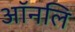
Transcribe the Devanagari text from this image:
ऑनलि